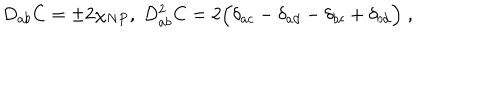
D _ { a b } C = \pm 2 \chi _ { N P } , \; D _ { a b } ^ { 2 } C = 2 \Bigl ( \delta _ { a c } - \delta _ { a d } - \delta _ { b c } + \delta _ { b d } \Bigr ) \; ,